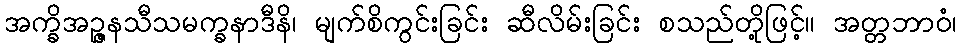
အက္ခိအဉ္ဇနသီသမက္ခနာဒီနိ၊ မျက်စိကွင်းခြင်း ဆီလိမ်းခြင်း စသည်တို့ဖြင့်။ အတ္တဘာဝံ၊